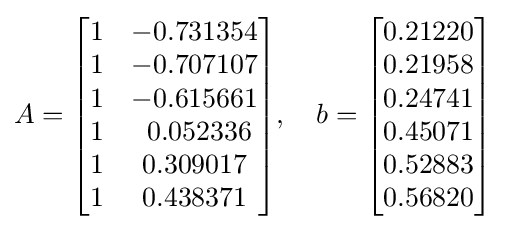
A={\begin{bmatrix}1&-0.731354\\1&-0.707107\\1&-0.615661\\1&\ 0.052336\\1&0.309017\\1&0.438371\end{bmatrix}},\quad b={\begin{bmatrix}0.21220\\0.21958\\0.24741\\0.45071\\0.52883\\0.56820\end{bmatrix}}